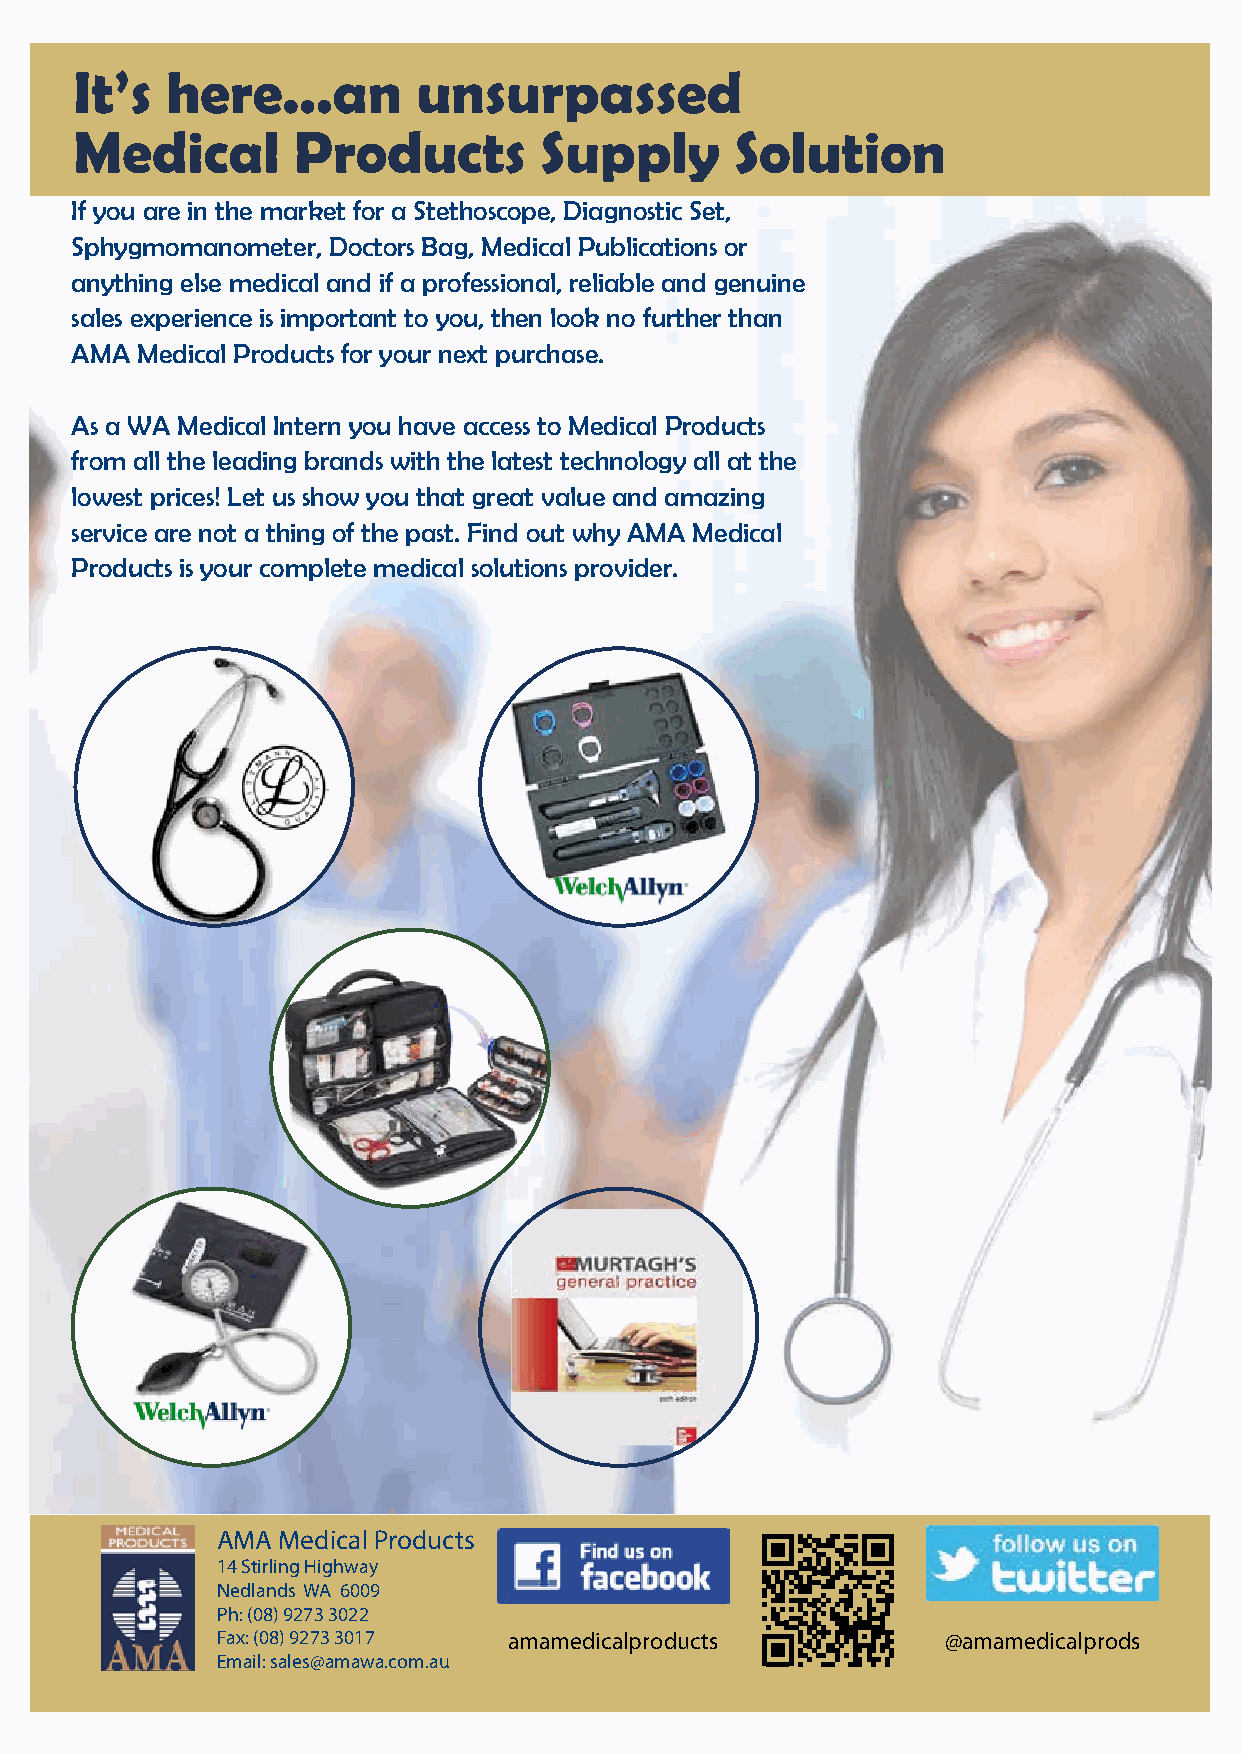
It’s  here...an        unsurpassed
 Medical       Products         Supply       Solution
 If you are in the market for a Stethoscope, Diagnostic Set,
 Sphygmomanometer, Doctors Bag, Medical Publications or
 anything else medical and if a professional, reliable and genuine
 sales experience is important to you, then look no further than
 AMA Medical Products for your next purchase.
 DR KATHARINE NOONAN
 As a WA Medical Intern you have access to Medical Products
 Head of Strategy, END RHD, Telethon Kids Institute
 from all the leading brands with the latest technology all at the
 RMO, Perth Children’s Hospital
 lowest prices! Let us show you that great value and amazing
 AMA (WA) Councillor
 service are not a thing of the past. Find out why AMA Medical
 Products is your complete medical solutions provider.
 AMA Medical Products
 14 Stirling Highway
 Nedlands WA 6009
 Ph: (08) 9273 3022
 Fax: (08) 9273 3017 amamedicalproducts           @amamedicalprods
 Email: sales@amawa.com.au